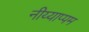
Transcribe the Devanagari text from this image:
नीय्याप्पम